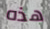
هذه